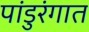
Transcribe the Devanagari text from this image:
पांडुरंगात